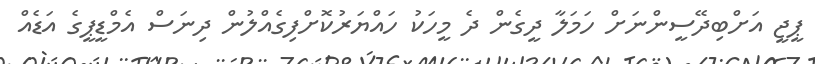
ޕީޖީ އަށްބިދޭސީންނަށް ހަމަލާ ދީގެން ދެ މީހަކު ހައްޔަރުކޮށްފިގެއްލުން ދިނަސް އެމްޑީޕީގެ އަޑެއް